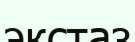
экстаз